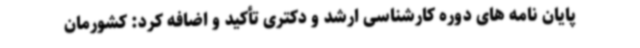
پایان نامه های دوره کارشناسی ارشد و دکتری تأکید و اضافه کرد: کشورمان